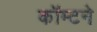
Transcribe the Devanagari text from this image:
कॉम्टने